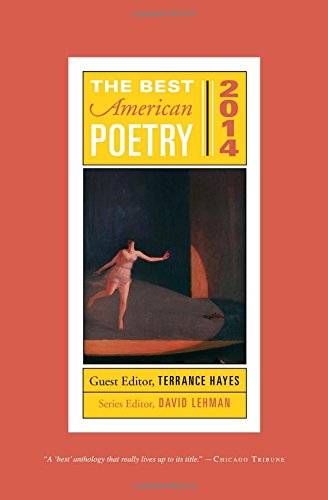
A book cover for The Best American Poetry 2014 (The Best American Poetry series); Literature & Fiction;